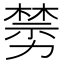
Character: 𠢵